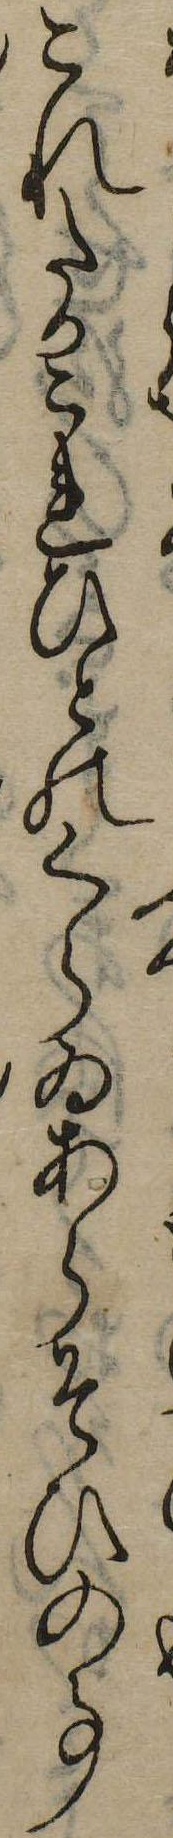
これたかこれひとのくらゐあらそひの事